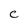
Character: C